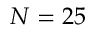
N = 2 5